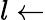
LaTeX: l\leftarrow